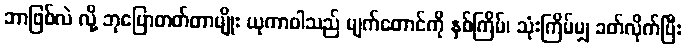
ဘာဖြစ်လဲ လို့ ဘုပြောတတ်တာမျိုး ယုကာဝါသည် မျက်တောင်ကို နှစ်ကြိမ်၊ သုံးကြိမ်မျှ ခတ်လိုက်ပြီး